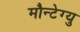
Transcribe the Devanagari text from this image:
मौन्टेग्यु